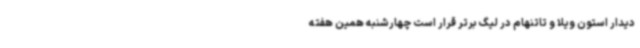
دیدار استون ویلا و تاتنهام در لیگ برتر قرار است چهارشنبه همین هفته